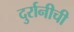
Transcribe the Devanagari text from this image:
दुर्रानीची